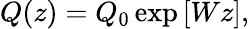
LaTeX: Q(z)=Q_{0}\exp\left[Wz\right],